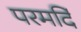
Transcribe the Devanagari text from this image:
परमर्दि